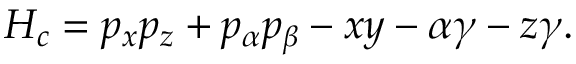
H _ { c } = p _ { x } p _ { z } + p _ { \alpha } p _ { \beta } - x y - \alpha \gamma - z \gamma .